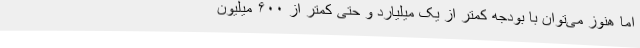
اما هنوز می‌توان با بودجه کمتر از یک میلیارد و حتی کمتر از ۶۰۰ میلیون